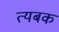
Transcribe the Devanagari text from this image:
त्यबक